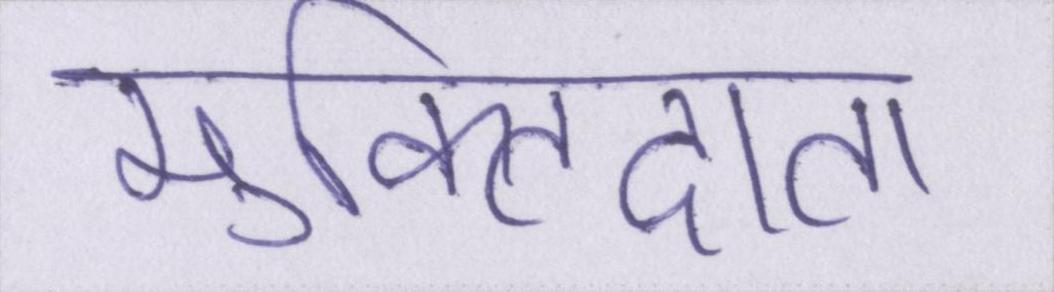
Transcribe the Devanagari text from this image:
मुक्तिदाता